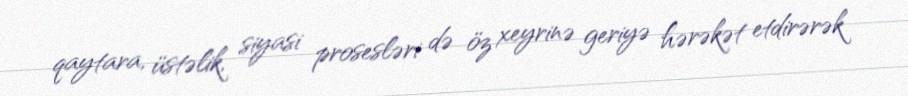
qaytara, üstəlik, siyasi prosesləri də öz xeyrinə geriyə hərəkət etdirərək